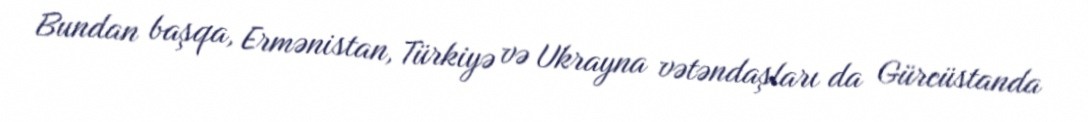
Bundan başqa, Ermənistan, Türkiyə və Ukrayna vətəndaşları da Gürcüstanda